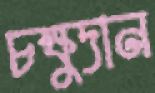
চক্ষুদান